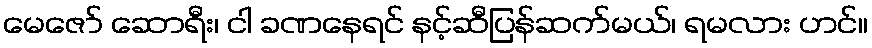
မေဇော် ဆောရီး၊ ငါ ခဏနေရင် နင့်ဆီပြန်ဆက်မယ်၊ ရမလား ဟင်။